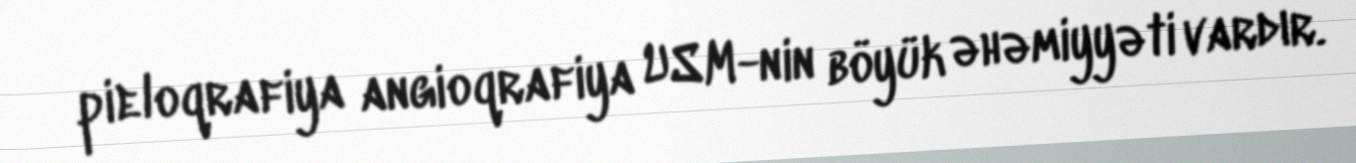
pieloqrafiya angioqrafiya USM-nin böyük əhəmiyyəti vardır.